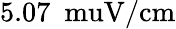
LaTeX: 5.07\ \mathrm{\ muV/cm}